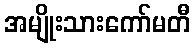
အမျိုးသားကော်မတီ